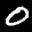
Label: 0